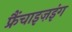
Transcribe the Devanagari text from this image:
फ्रैंचाइज़इंग